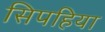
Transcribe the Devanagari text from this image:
सिपहिया